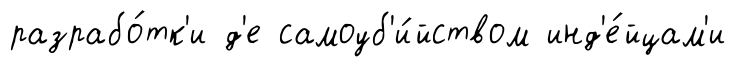
разрабо́тк'и д'е самоуб'и́йством инд'е́йцам'и